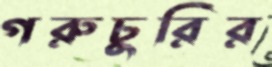
গরুচুরির